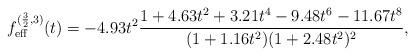
LaTeX: \begin{align*}f_{\mathrm{eff}}^{(\frac{3}{2},3)}(t)=-4.93t^2\frac{1+4.63t^2+3.21t^4-9.48t^6-11.67t^8}{(1+1.16t^2)(1+2.48t^2)^2}, \end{align*}